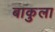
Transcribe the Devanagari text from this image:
बाकुला